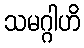
သမဂ္ဂါဟိ